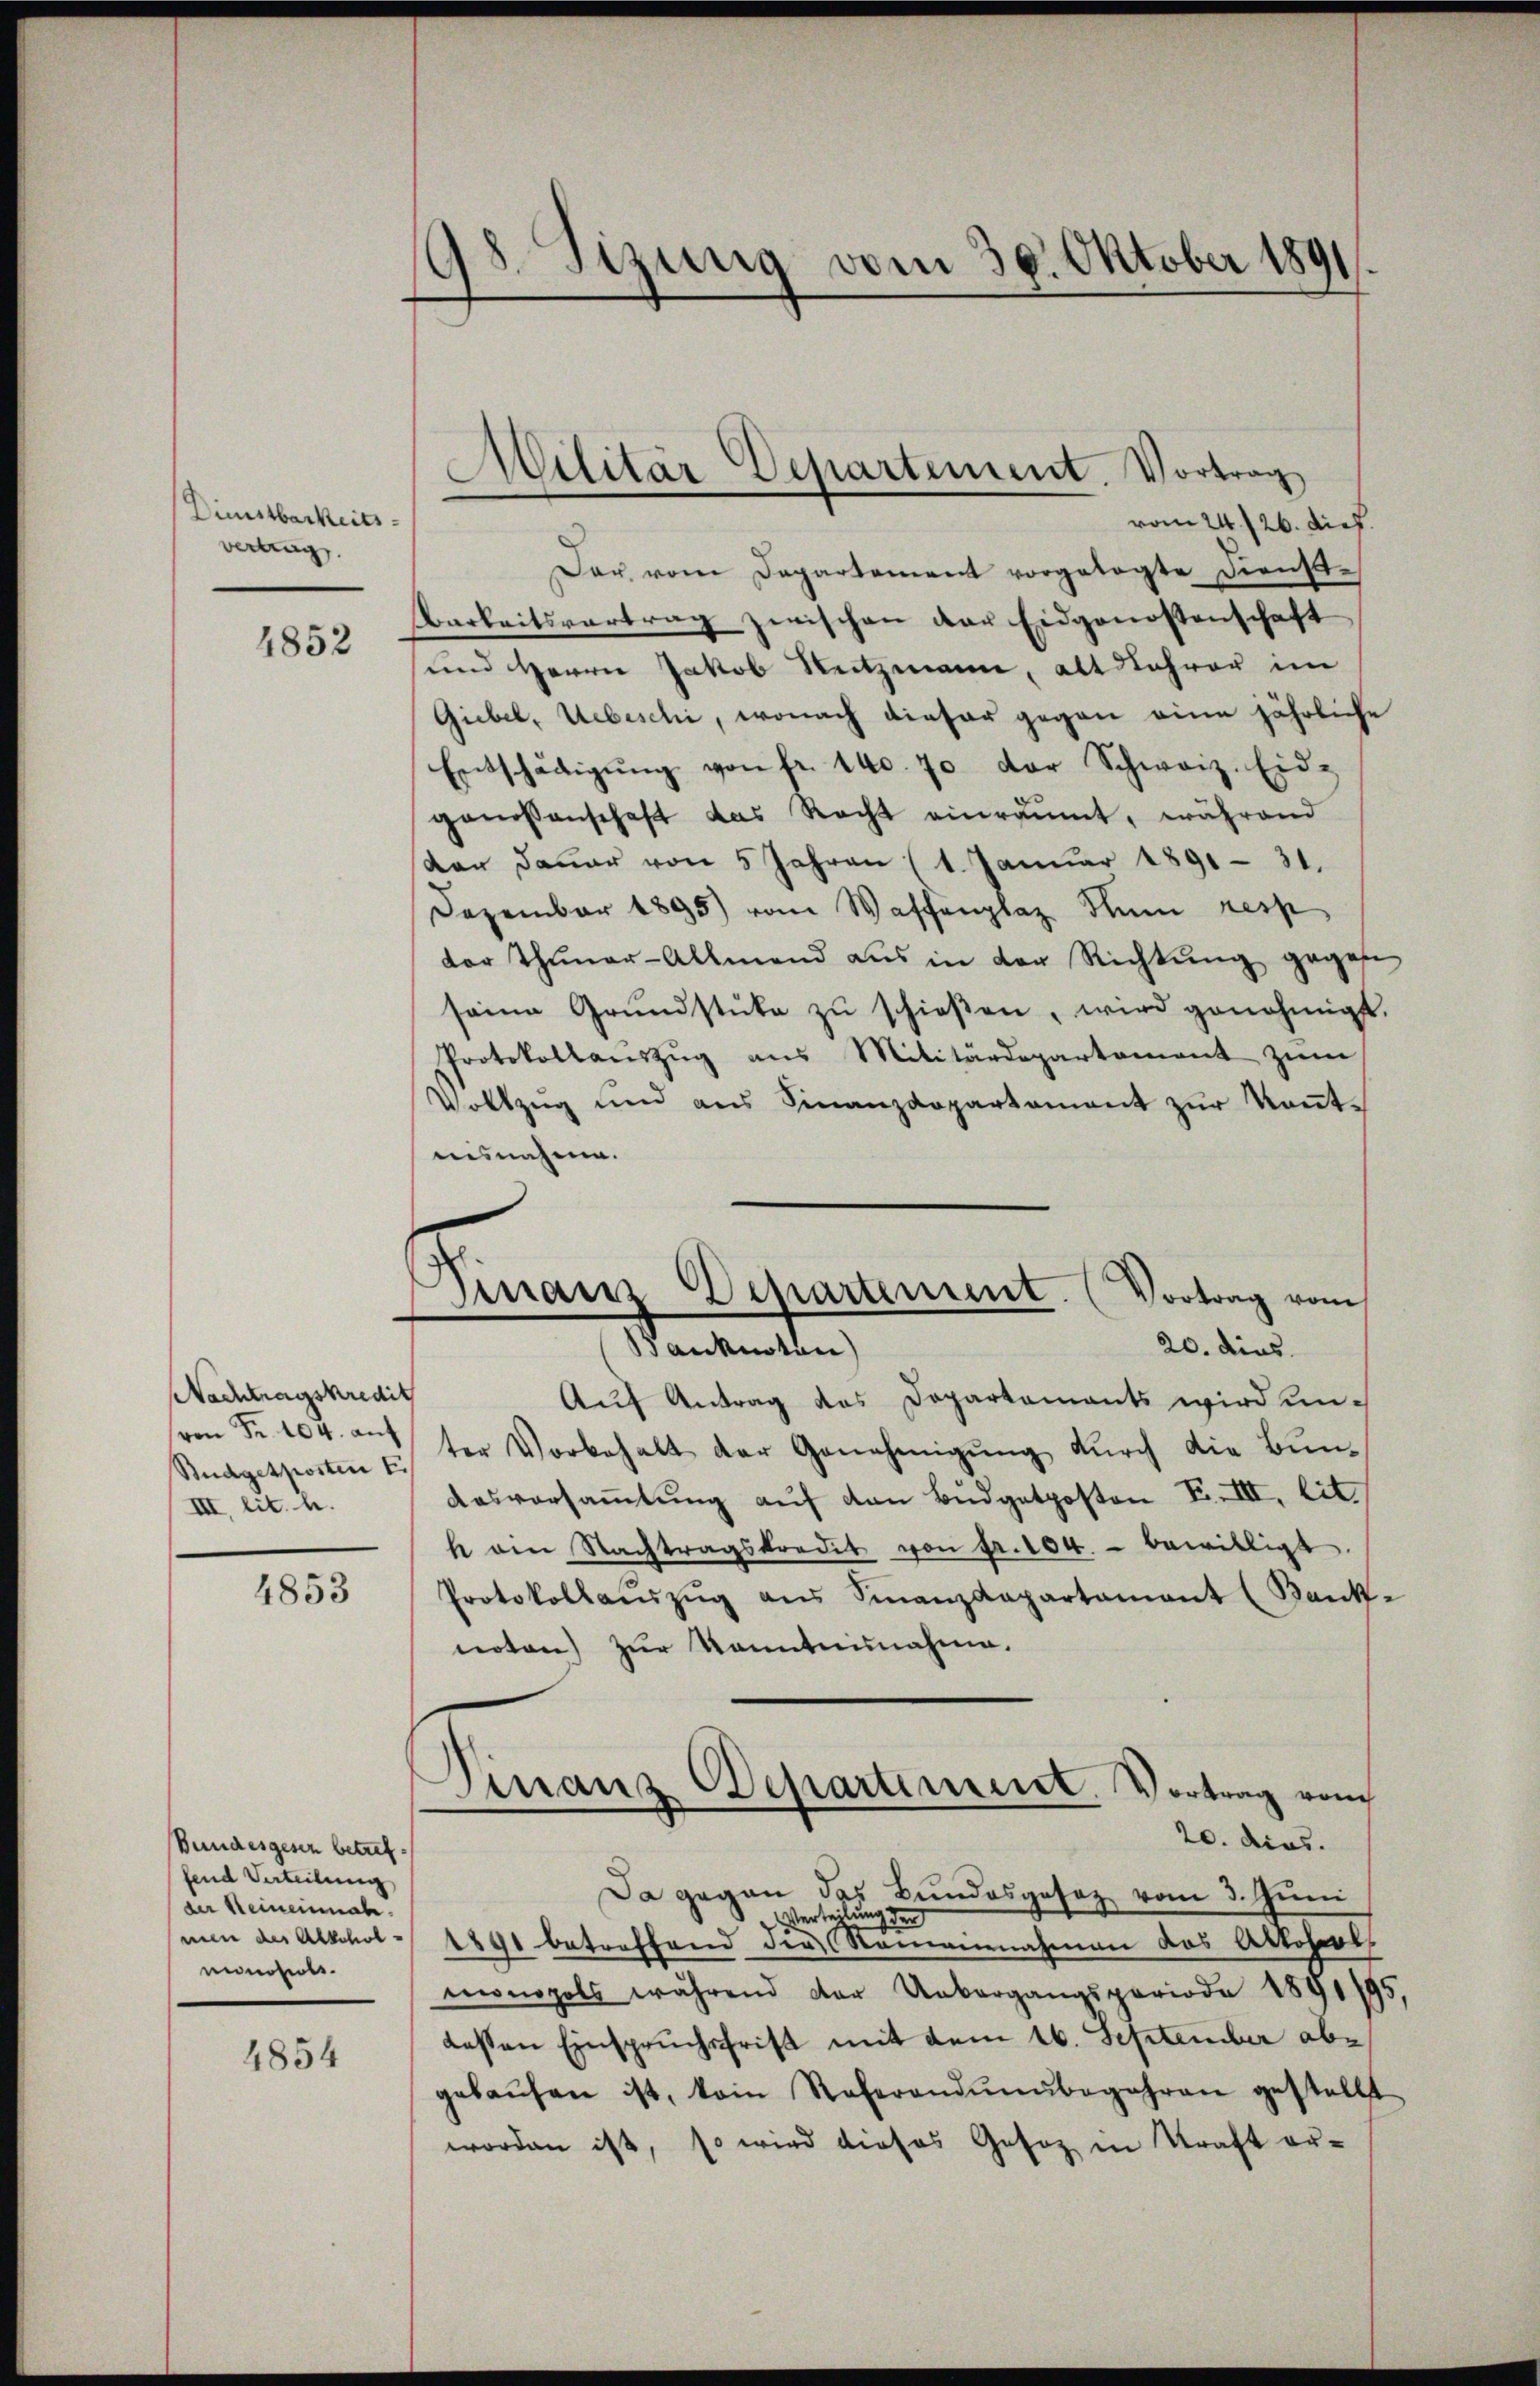
Dienstbarkeitsvertrag
4852

Nachtragskredit
von Fr. 104. auf
Budgetkosten E
III. lit. h.

4853

Bundesgesen betreffend Verteilung
der Meineinnah
men des Abscholnnhol

4854

98. Sizung vom 30. Oktober 1891.

vom 24./26. dief
Der vom Departement vorgelegte Dienst-
Barkeitsvertrag zwischen der Eidgenossenschaft
und Herrn Jakob Reitzmann, alt Lehrer im
Giebel, Uebeschi, wonach dieser gegen eine jährliche
Entschädigŭng von fr. 140. 70 der Schweiz. Eidgenossenschaft das Recht einräumt, während
dar Dauer von 5 Jahren (1. Januar 1891 - 31.
Dezember 1895) vom Waffenplaz Thun resp
dor Thuner-Allmend aus in der Richtŭng gegebe
seine Grŭndstüke zŭ schieβen, wird genehmigt.
Protokollanszŭg ans Militärdepartement zŭm
Vollzŭg und ans Finanzdepartament zŭr Keṅt-
ausnahme.
Aŭf Antrag des Departements wird unter Vorbehalt der Genehmigung durch die Bun¬
Aasversammlung auf von Budgetposten F. III. lit.
h am Nachtragskredit von Fr. 104. bewilligt.
Protokollaŭszŭg aŭs Sinanzdepartamant (Bank-
noten) zur Kenntnisnahme.
¬
Manz Departement. Vortrag vom
20. dies.
Da gegen das Bundesgesetz vom 3. Juni
Verteilung der
1891 betreffend der Romannahmen das Altobert
monopols während der Uebergangsperiode 1891/9
dessen Einspruchsfrist mit dem 16. September abe
gekaŭfen ist, kain Referandŭnŭbegehren gestellt
worden ist, so wird dieses Gesetz in Kraft er-

Militär Departement. Vortrag

Finanz Departement. (Vortrag vom
Banknoten)
20. dies